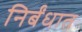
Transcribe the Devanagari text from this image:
निर्बंधात